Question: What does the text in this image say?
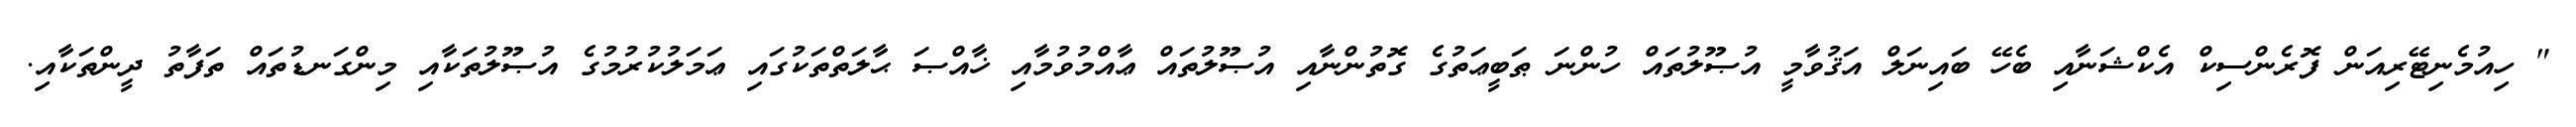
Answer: " ހިއުމެނިޓޭރިއަން ފޮރެންސިކް އެކްޝަނާއި ބެހޭ ބައިނަލް އަޤުވާމީ އުޞޫލުތައް ހުންނަ ޠަބީޢަތުގެ ގޮތުންނާއި އުޞޫލުތައް ޢާއްމުވުމާއި ޚާއްޞަ ޙާލަތްތަކުގައި ޢަމަލުކުރުމުގެ އުޞޫލުތަކާއި މިންގަނޑުތައް ތަފާތު ދީންތަކާއި.